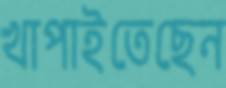
খাপাইতেছেন